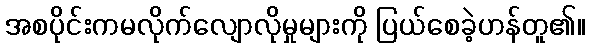
အစပိုင်းကမလိုက်လျောလိုမှုများကို ပြယ်စေခဲ့ဟန်တူ၏။